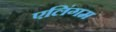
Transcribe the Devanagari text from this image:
एलिंगम